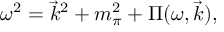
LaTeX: \omega ^ { 2 } = { \vec { k } } ^ { 2 } + m _ { \pi } ^ { 2 } + \Pi ( \omega , { \vec { k } } ) ,